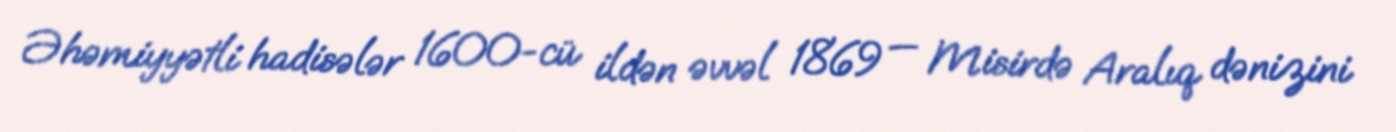
Əhəmiyyətli hadisələr 1600-cü ildən əvvəl 1869 — Misirdə Aralıq dənizini